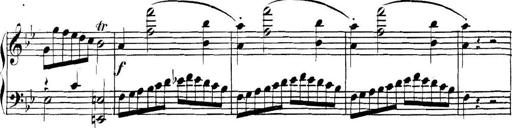
Title: Collected Piano Sonatas
Composer: Muzio Clementi